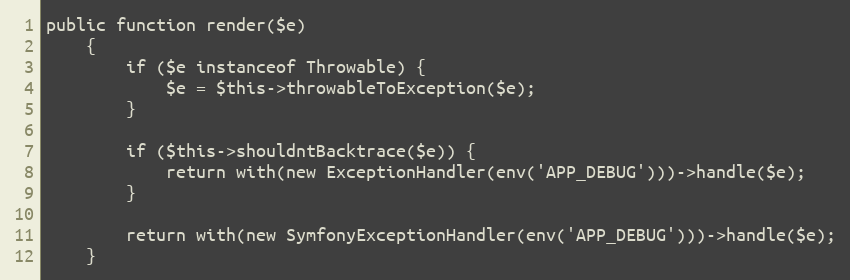
Language: PHP
public function render($e)
    {
        if ($e instanceof Throwable) {
            $e = $this->throwableToException($e);
        }

        if ($this->shouldntBacktrace($e)) {
            return with(new ExceptionHandler(env('APP_DEBUG')))->handle($e);
        }

        return with(new SymfonyExceptionHandler(env('APP_DEBUG')))->handle($e);
    }